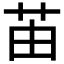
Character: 苖